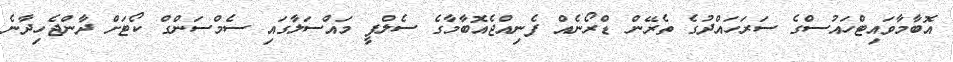
އޮބާމާވައިޓްހައުސްގެ ސަރަހައްދުގެ ތެރޭން ޑްރޯނެއް ފެނިއްޖެއޮބާމާގެ ސެލްފީ މައްސަލާގައި ސެމްސަންގް ކޯޓަށް ދާންޖެހިދާނެ